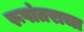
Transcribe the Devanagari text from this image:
रूपांतराचा